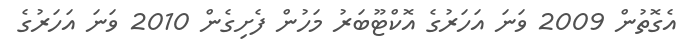
އެގޮތުން 2009 ވަނަ އަހަރުގެ އޮކްޓޫބަރު މަހުން ފެށިގެން 2010 ވަނަ އަހަރުގެ